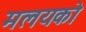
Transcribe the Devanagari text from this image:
मलयको